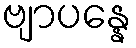
ဗျာပန္နေ